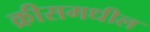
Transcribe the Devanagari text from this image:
क्रीसमधील